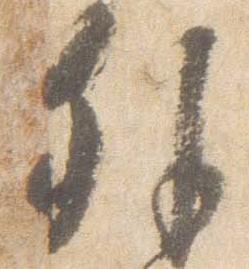
外